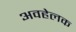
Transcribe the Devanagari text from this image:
अवहेलक